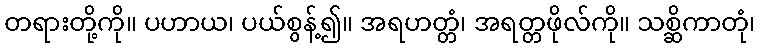
တရားတို့ကို။ ပဟာယ၊ ပယ်စွန့်၍။ အရဟတ္တံ၊ အရတ္တဖိုလ်ကို။ သစ္ဆိကာတုံ၊